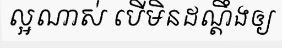
ល្អណាស់ បើមិនដណ្តឹងឲ្យ